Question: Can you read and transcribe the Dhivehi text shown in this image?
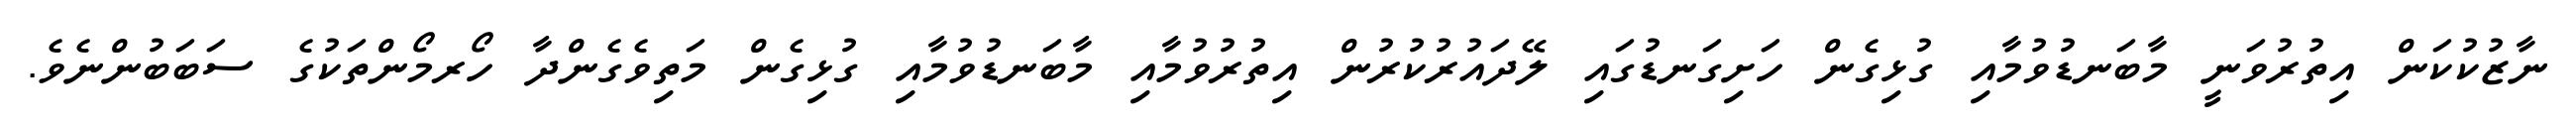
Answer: ނާޒުކުކަން އިތުރުވަނީ މާބަނޑުވުމާއި ގުޅިގެން ހަށިގަނޑުގައި ލޭދައުރުކުރުން އިތުރުވުމާއި މާބަނޑުވުމާއި ގުޅިގެން މަތިވެގެންދާ ހޯރމޯންތަކުގެ ސަބަބުންނެވެ.